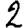
Digit: 2